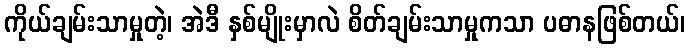
ကိုယ်ချမ်းသာမှုတဲ့၊ အဲဒီ နှစ်မျိုးမှာလဲ စိတ်ချမ်းသာမှုကသာ ပဓာနဖြစ်တယ်၊